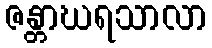
ဇန္တာဃရသာလာ